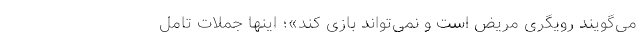
می‌گویند رویگری مریض است و نمی‌تواند بازی کند»؛ اینها جملات تامل‌